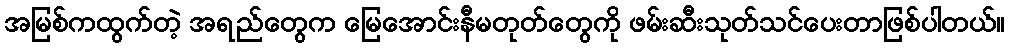
အမြစ်ကထွက်တဲ့ အရည်တွေက မြေအောင်းနီမတုတ်တွေကို ဖမ်းဆီးသုတ်သင်ပေးတာဖြစ်ပါတယ်။